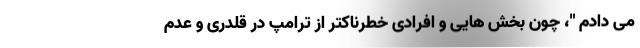
می دادم "، چون بخش هایی و افرادی خطرناکتر از ترامپ در قلدری و عدم